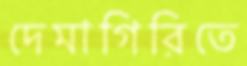
দেমাগিরিতে